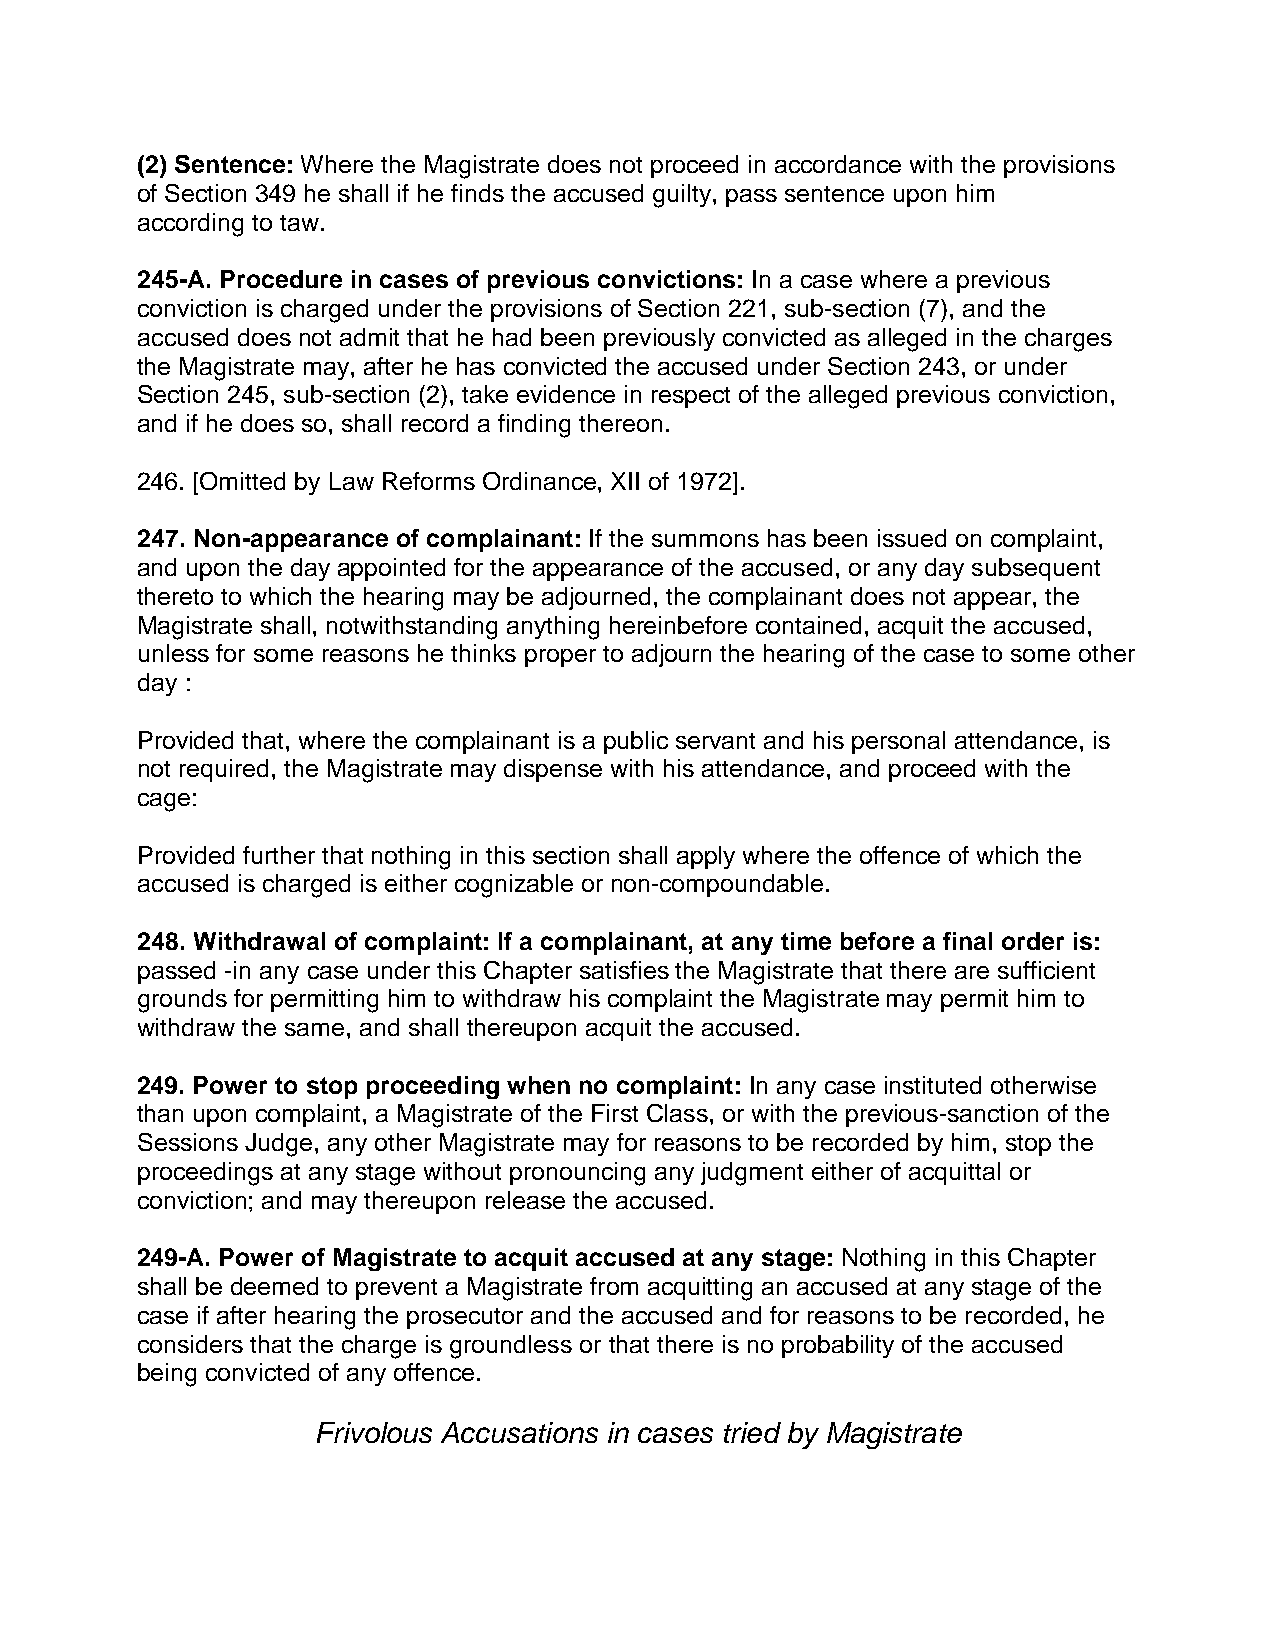
(2) Sentence: Where the Magistrate does not proceed in accordance with the provisions
 of Section 349 he shall if he finds the accused guilty, pass sentence upon him
 according to taw.
 245-A. Procedure in cases of previous convictions: In a case where a previous
 conviction is charged under the provisions of Section 221, sub-section (7), and the
 accused does not admit that he had been previously convicted as alleged in the charges
 the Magistrate may, after he has convicted the accused under Section 243, or under
 Section 245, sub-section (2), take evidence in respect of the alleged previous conviction,
 and if he does so, shall record a finding thereon.
 246. [Omitted by Law Reforms Ordinance, XII of 1972].
 247. Non-appearance of complainant: If the summons has been issued on complaint,
 and upon the day appointed for the appearance of the accused, or any day subsequent
 thereto to which the hearing may be adjourned, the complainant does not appear, the
 Magistrate shall, notwithstanding anything hereinbefore contained, acquit the accused,
 unless for some reasons he thinks proper to adjourn the hearing of the case to some other
 day :
 Provided that, where the complainant is a public servant and his personal attendance, is
 not required, the Magistrate may dispense with his attendance, and proceed with the
 cage:
 Provided further that nothing in this section shall apply where the offence of which the
 accused is charged is either cognizable or non-compoundable.
 248. Withdrawal of complaint: If a complainant, at any time before a final order is:
 passed -in any case under this Chapter satisfies the Magistrate that there are sufficient
 grounds for permitting him to withdraw his complaint the Magistrate may permit him to
 withdraw the same, and shall thereupon acquit the accused.
 249. Power to stop proceeding when no complaint: In any case instituted otherwise
 than upon complaint, a Magistrate of the First Class, or with the previous-sanction of the
 Sessions Judge, any other Magistrate may for reasons to be recorded by him, stop the
 proceedings at any stage without pronouncing any judgment either of acquittal or
 conviction; and may thereupon release the accused.
 249-A. Power of Magistrate to acquit accused at any stage: Nothing in this Chapter
 shall be deemed to prevent a Magistrate from acquitting an accused at any stage of the
 case if after hearing the prosecutor and the accused and for reasons to be recorded, he
 considers that the charge is groundless or that there is no probability of the accused
 being convicted of any offence.
 Frivolous Accusations in cases tried by Magistrate